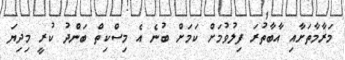
މަރާމާތަށާއި އާބާތުރަ ފިލުވުމަށް ކަމަށް ބުނެ އެ މިސްކިތް ބަންދު ކުރީ މިދިޔަ